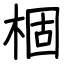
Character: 棝